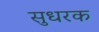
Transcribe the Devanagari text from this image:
सुधरक